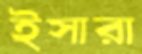
ইসারা